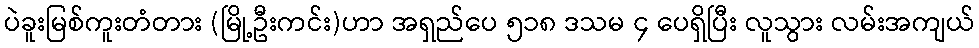
ပဲခူးမြစ်ကူးတံတား (မြို့ဦးကင်း)ဟာ အရှည်ပေ ၅၁၈ ဒသမ ၄ ပေရှိပြီး လူသွား လမ်းအကျယ်